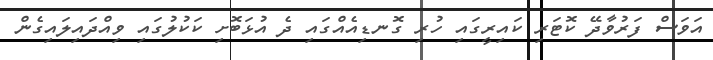
އަވަސް ފަރުވާދޭ ކޮޓަރި ކައިރީގައި ހުރި ގޮނޑިއެއްގައި ދެ އުޅަބޮށި ކަކުލުގައި ވިއްދައިލައިގެން